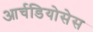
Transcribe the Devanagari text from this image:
आर्चडियोसेस